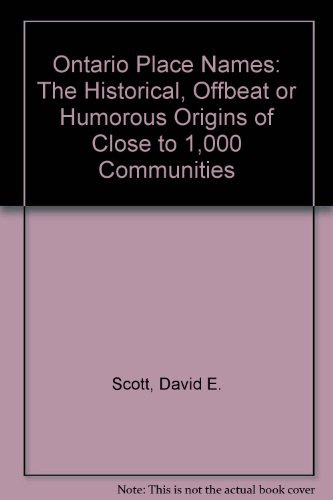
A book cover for Ontario Place Names: The Historical, Offbeat or Humorous Origins of Close to 1,000 Communities; David E. Scott; Travel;